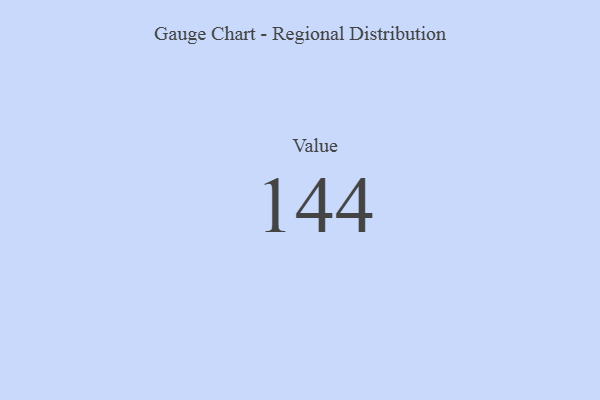
{"axis": {"x": "Metric", "y": "Value"}, "legend": [""], "data": [{"x": "Value", "y": 144, "type": ""}]}